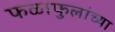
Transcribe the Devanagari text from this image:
फळाफुलांच्या